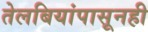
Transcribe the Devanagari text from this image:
तेलबियांपासूनही